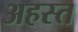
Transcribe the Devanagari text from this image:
अहस्त